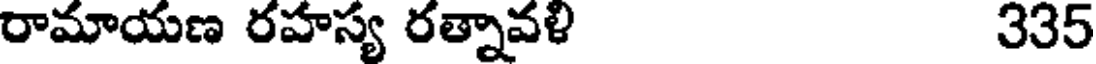
రామాయణ రహస్య రత్నావళి 335